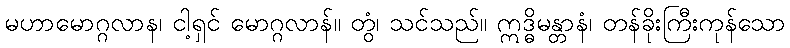
မဟာမောဂ္ဂလာန၊ ငါ့ရှင် မောဂ္ဂလာန်။ တွံ၊ သင်သည်။ ဣဒ္ဓိမန္တာနံ၊ တန်ခိုးကြီးကုန်သော